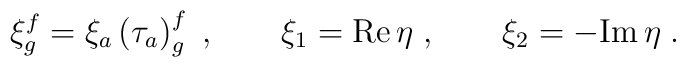
\xi^f_g= \xi_a \left(\tau_a\right)^f_g\;, \qquad \xi_1={\rm Re}\,\eta\;, \qquad \xi_2=-{\rm Im}\,\eta\;.